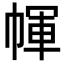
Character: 㡓